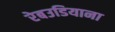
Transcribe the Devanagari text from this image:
रेबउडियाना